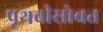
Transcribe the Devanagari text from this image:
पृथवीसोबत